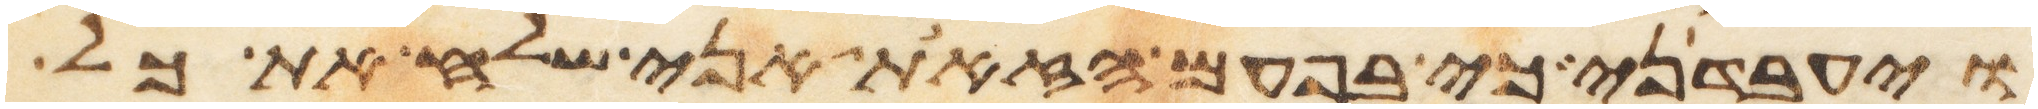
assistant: ויעבדני כי בפעם הזאת אני שלח את כל